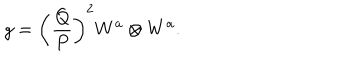
g = \left( \frac { Q } { P } \right) ^ { 2 } W ^ { a } \otimes W ^ { a } .